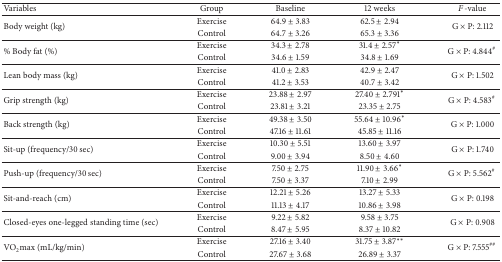
<table><thead><tr><td><b>Variables</b></td><td><b>Group</b></td><td><b>Baseline</b></td><td><b>12 weeks</b></td><td><b><i>F</i>-value</b></td></tr></thead><tbody><tr><td rowspan="2">Body weight (kg)</td><td>Exercise</td><td>64.9 ± 3.83</td><td>62.5 ± 2.94</td><td rowspan="2">G × P: 2.112</td></tr><tr><td>Control</td><td>64.7 ± 3.26</td><td>65.3 ± 3.36</td></tr><tr><td rowspan="2">% Body fat (%)</td><td>Exercise</td><td>34.3 ± 2.78</td><td>31.4 ± 2.57<sup>∗</sup></td><td rowspan="2">G × P: 4.844<sup>#</sup></td></tr><tr><td>Control</td><td>34.6 ± 1.59</td><td>34.8 ± 1.69</td></tr><tr><td rowspan="2">Lean body mass (kg)</td><td>Exercise</td><td>41.0 ± 2.83</td><td>42.9 ± 2.47</td><td rowspan="2">G × P: 1.502</td></tr><tr><td>Control</td><td>41.2 ± 3.53</td><td>40.7 ± 3.42</td></tr><tr><td rowspan="2">Grip strength (kg)</td><td>Exercise</td><td>23.88 ± 2.97</td><td>27.40 ± 2.791<sup>∗</sup></td><td rowspan="2">G × P: 4.583<sup>#</sup></td></tr><tr><td>Control</td><td>23.81 ± 3.21</td><td>23.35 ± 2.75</td></tr><tr><td rowspan="2">Back strength (kg)</td><td>Exercise</td><td>49.38 ± 3.50</td><td>55.64 ± 10.96<sup>∗</sup></td><td rowspan="2">G × P: 1.000</td></tr><tr><td>Control</td><td>47.16 ± 11.61</td><td>45.85 ± 11.16</td></tr><tr><td rowspan="2">Sit-up (frequency/30 sec)</td><td>Exercise</td><td>10.30 ± 5.51</td><td>13.60 ± 3.97</td><td rowspan="2">G × P: 1.740</td></tr><tr><td>Control</td><td>9.00 ± 3.94</td><td>8.50 ± 4.60</td></tr><tr><td rowspan="2">Push-up (frequency/30 sec)</td><td>Exercise</td><td>7.50 ± 2.75</td><td>11.90 ± 3.66<sup>∗</sup></td><td rowspan="2">G × P: 5.562<sup>#</sup></td></tr><tr><td>Control</td><td>7.50 ± 3.37</td><td>7.10 ± 2.99</td></tr><tr><td rowspan="2">Sit-and-reach (cm)</td><td>Exercise</td><td>12.21 ± 5.26</td><td>13.27 ± 5.33</td><td rowspan="2">G × P: 0.198</td></tr><tr><td>Control</td><td>11.13 ± 4.17</td><td>10.86 ± 3.98</td></tr><tr><td rowspan="2">Closed-eyes one-legged standing time (sec)</td><td>Exercise</td><td>9.22 ± 5.82</td><td>9.58 ± 3.75</td><td rowspan="2">G × P: 0.908</td></tr><tr><td>Control</td><td>8.47 ± 5.95</td><td>8.37 ± 10.82</td></tr><tr><td rowspan="2">VO<sub>2</sub>max (mL/kg/min)</td><td>Exercise</td><td>27.16 ± 3.40</td><td>31.75 ± 3.87<sup>∗∗</sup></td><td rowspan="2">G × P: 7.555<sup>##</sup></td></tr><tr><td>Control</td><td>27.67 ± 3.68</td><td>26.89 ± 3.37</td></tr></tbody></table>